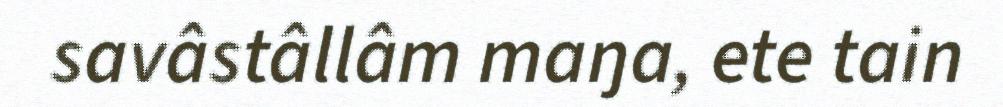
savâstâllâm maŋa, ete tain